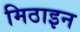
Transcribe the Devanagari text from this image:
मिठाइन